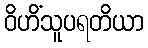
ဝိဟိံသူပရတိယာ